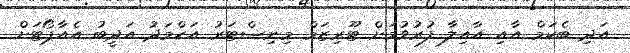
އަދި ބެކަމް އާއި އާއިލާ ފުރުވުމަށް ޓޫރިޒަމް މިނިސްޓަރު އަހްމަދު އަދީބު އެއާޕޯޓަށް